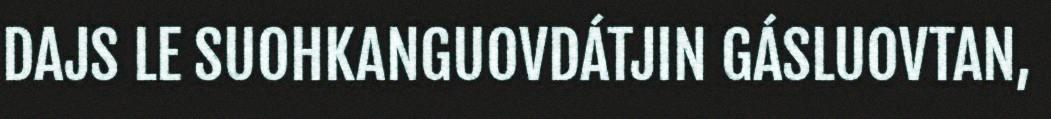
DAJS LE SUOHKANGUOVDÁTJIN GÁSLUOVTAN,